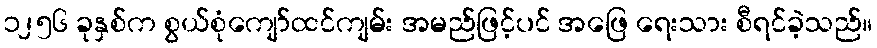
၁၂၅၆ ခုနှစ်က စွယ်စုံကျော်ထင်ကျမ်း အမည်ဖြင့်ပင် အဖြေ ရေးသား စီရင်ခဲ့သည်။